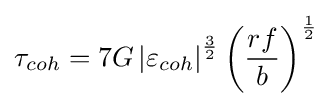
\tau _{coh}=7G\left|\varepsilon _{coh}\right|^{\frac {3}{2}}\left({\frac {rf}{b}}\right)^{\frac {1}{2}}